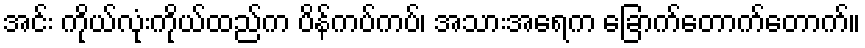
အင်း ကိုယ်လုံးကိုယ်ထည်က ပိန်ကပ်ကပ်၊ အသားအရေက ခြောက်တောက်တောက်။